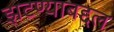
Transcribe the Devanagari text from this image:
झटण्याबद्दल